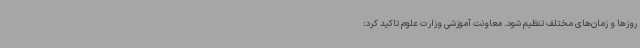
روزها و زمان‌های مختلف تنظیم شود. معاونت آموزشی وزارت علوم تاکید کرد: